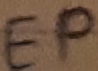
Text: EP